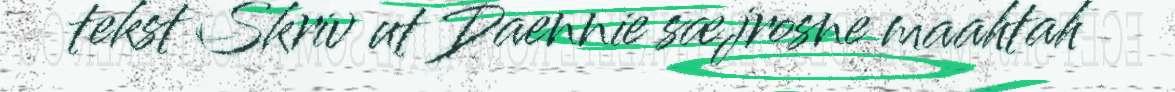
tekst Skriv ut Daennie sæjrosne maahtah